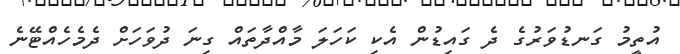
އުތީމު ގަނޑުވަރުގެ ދެ ގައިޑުން އެކި ކަހަލަ މާއްދާތައް ގިނަ ދުވަހަށް ދެމެހެއްޓޭނެ